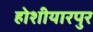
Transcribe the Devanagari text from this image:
होशीयारपुर